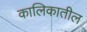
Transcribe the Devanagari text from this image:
कालिकातील